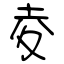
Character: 夌